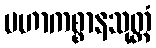
မဟာကစ္စာနသုတ္တံ